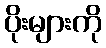
ပိုးများကို